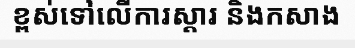
ខ្ពស់ទៅលើការស្តារ និងកសាង